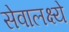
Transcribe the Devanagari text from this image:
सेवालक्ष्ये